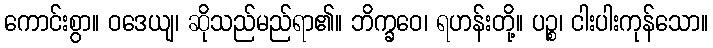
ကောင်းစွာ။ ဝဒေယျ၊ ဆိုသည်မည်ရာ၏။ ဘိက္ခဝေ၊ ရဟန်းတို့။ ပဉ္စ၊ ငါးပါးကုန်သော။